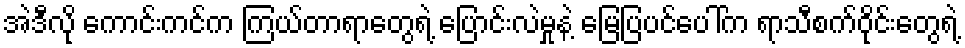
အဲဒီလို ကောင်းကင်က ကြယ်တာရာတွေရဲ့ ပြောင်းလဲမှုနဲ့ မြေပြပင်ပေါ်က ရာသီစက်ဝိုင်းတွေရဲ့